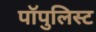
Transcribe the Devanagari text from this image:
पॉपुलिस्ट